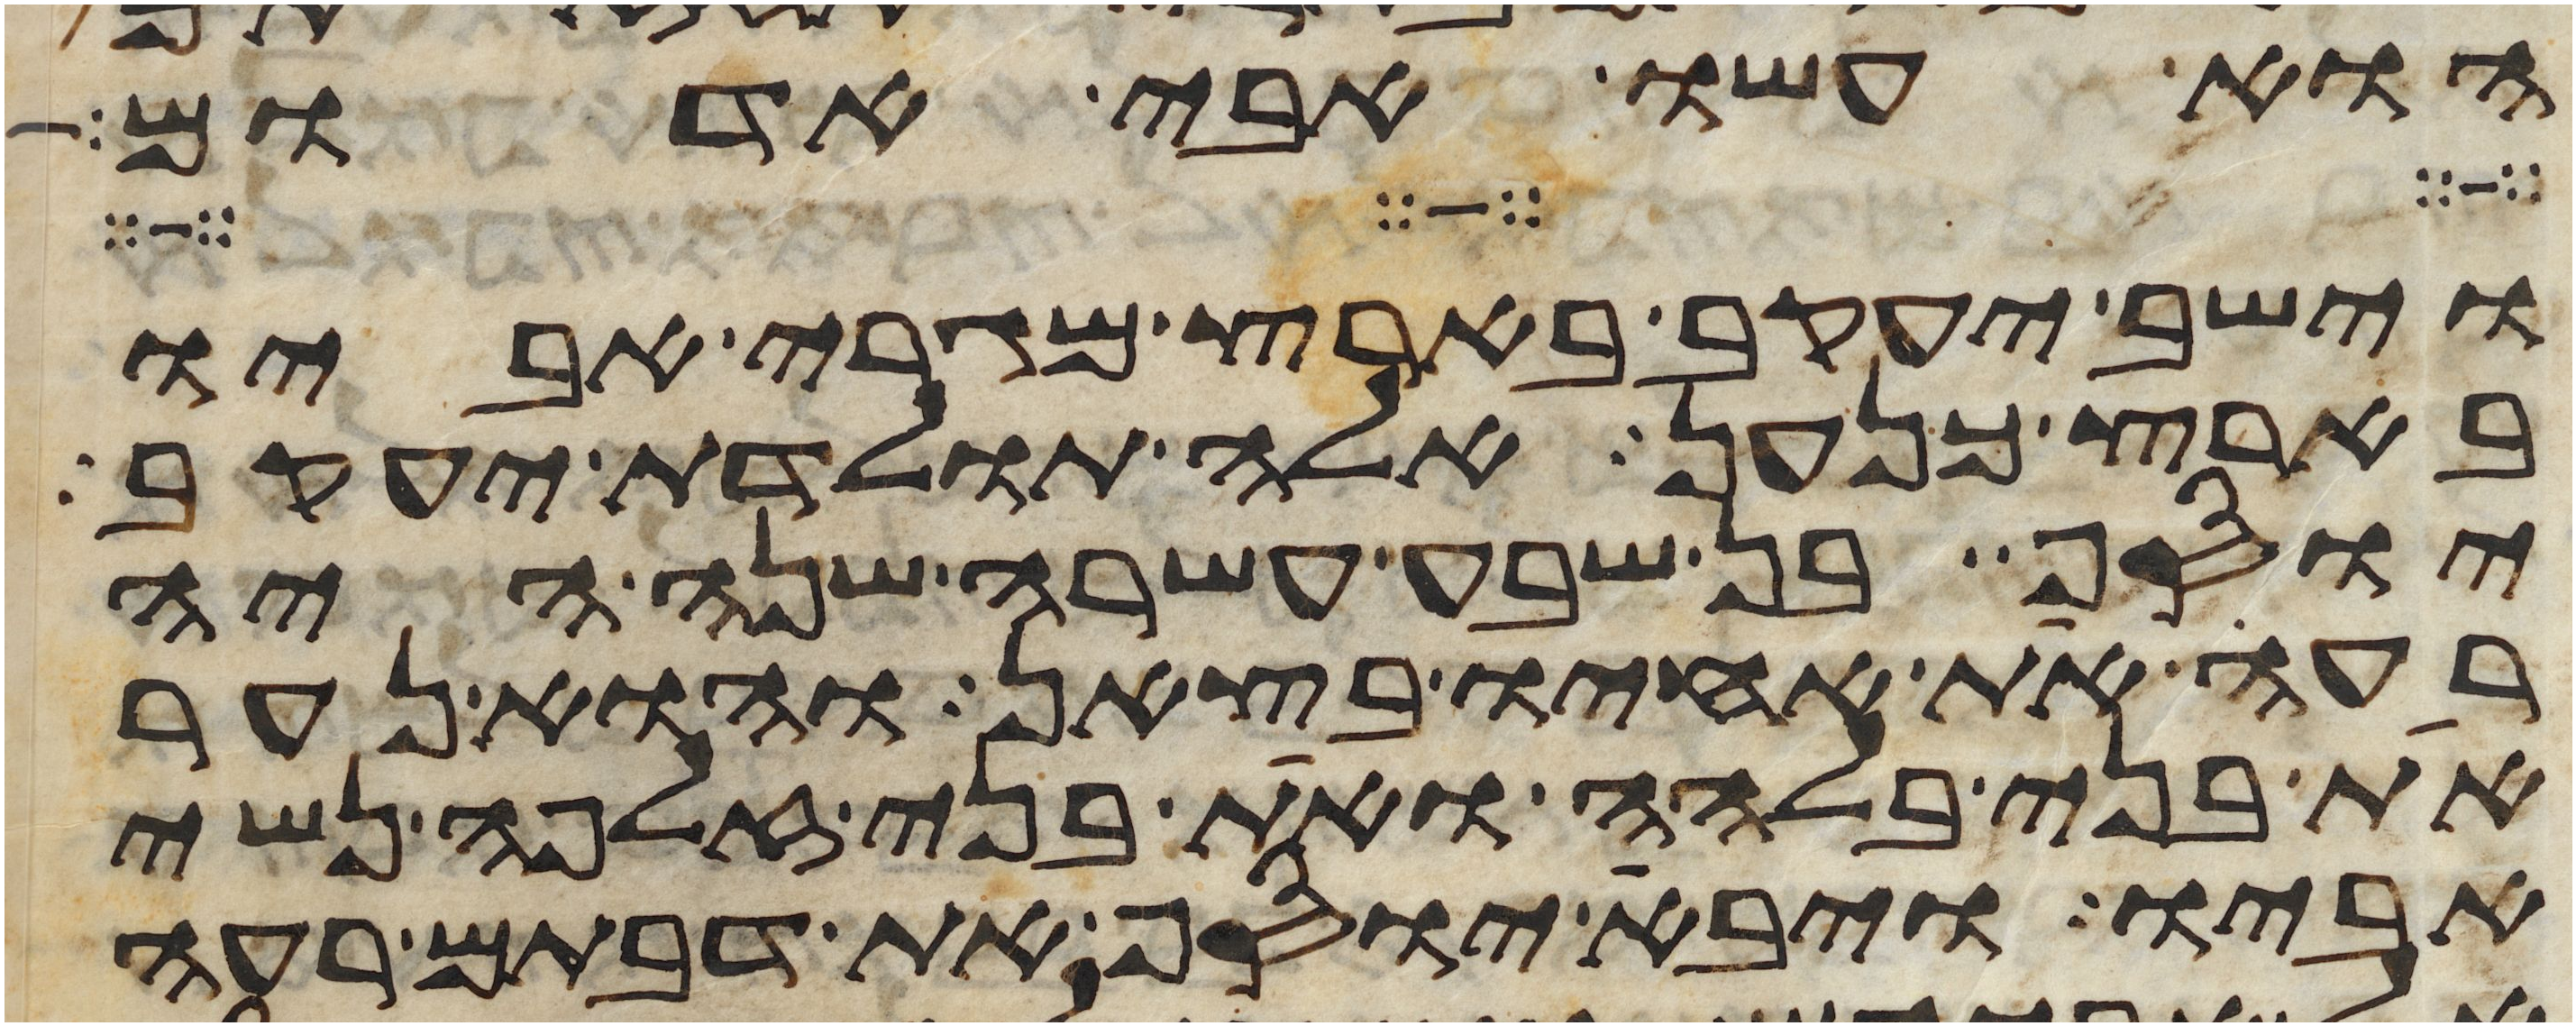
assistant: הוא עשו אבי אדום
וישב יעקב בארץ מגרי אביו
בארץ כנען אלה תולדת יעקב
יוסף בן שבע עשרה שנה היה
רעה את אחיו בצאן והוא נער
את בני בלהה ואת בני זלפה נשי
אביו ויבא יוסף את דבתם רעה